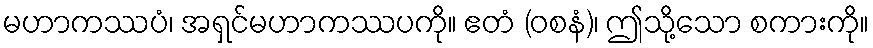
မဟာကဿပံ၊ အရှင်မဟာကဿပကို။ ဧတံ (ဝစနံ)၊ ဤသို့သော စကားကို။